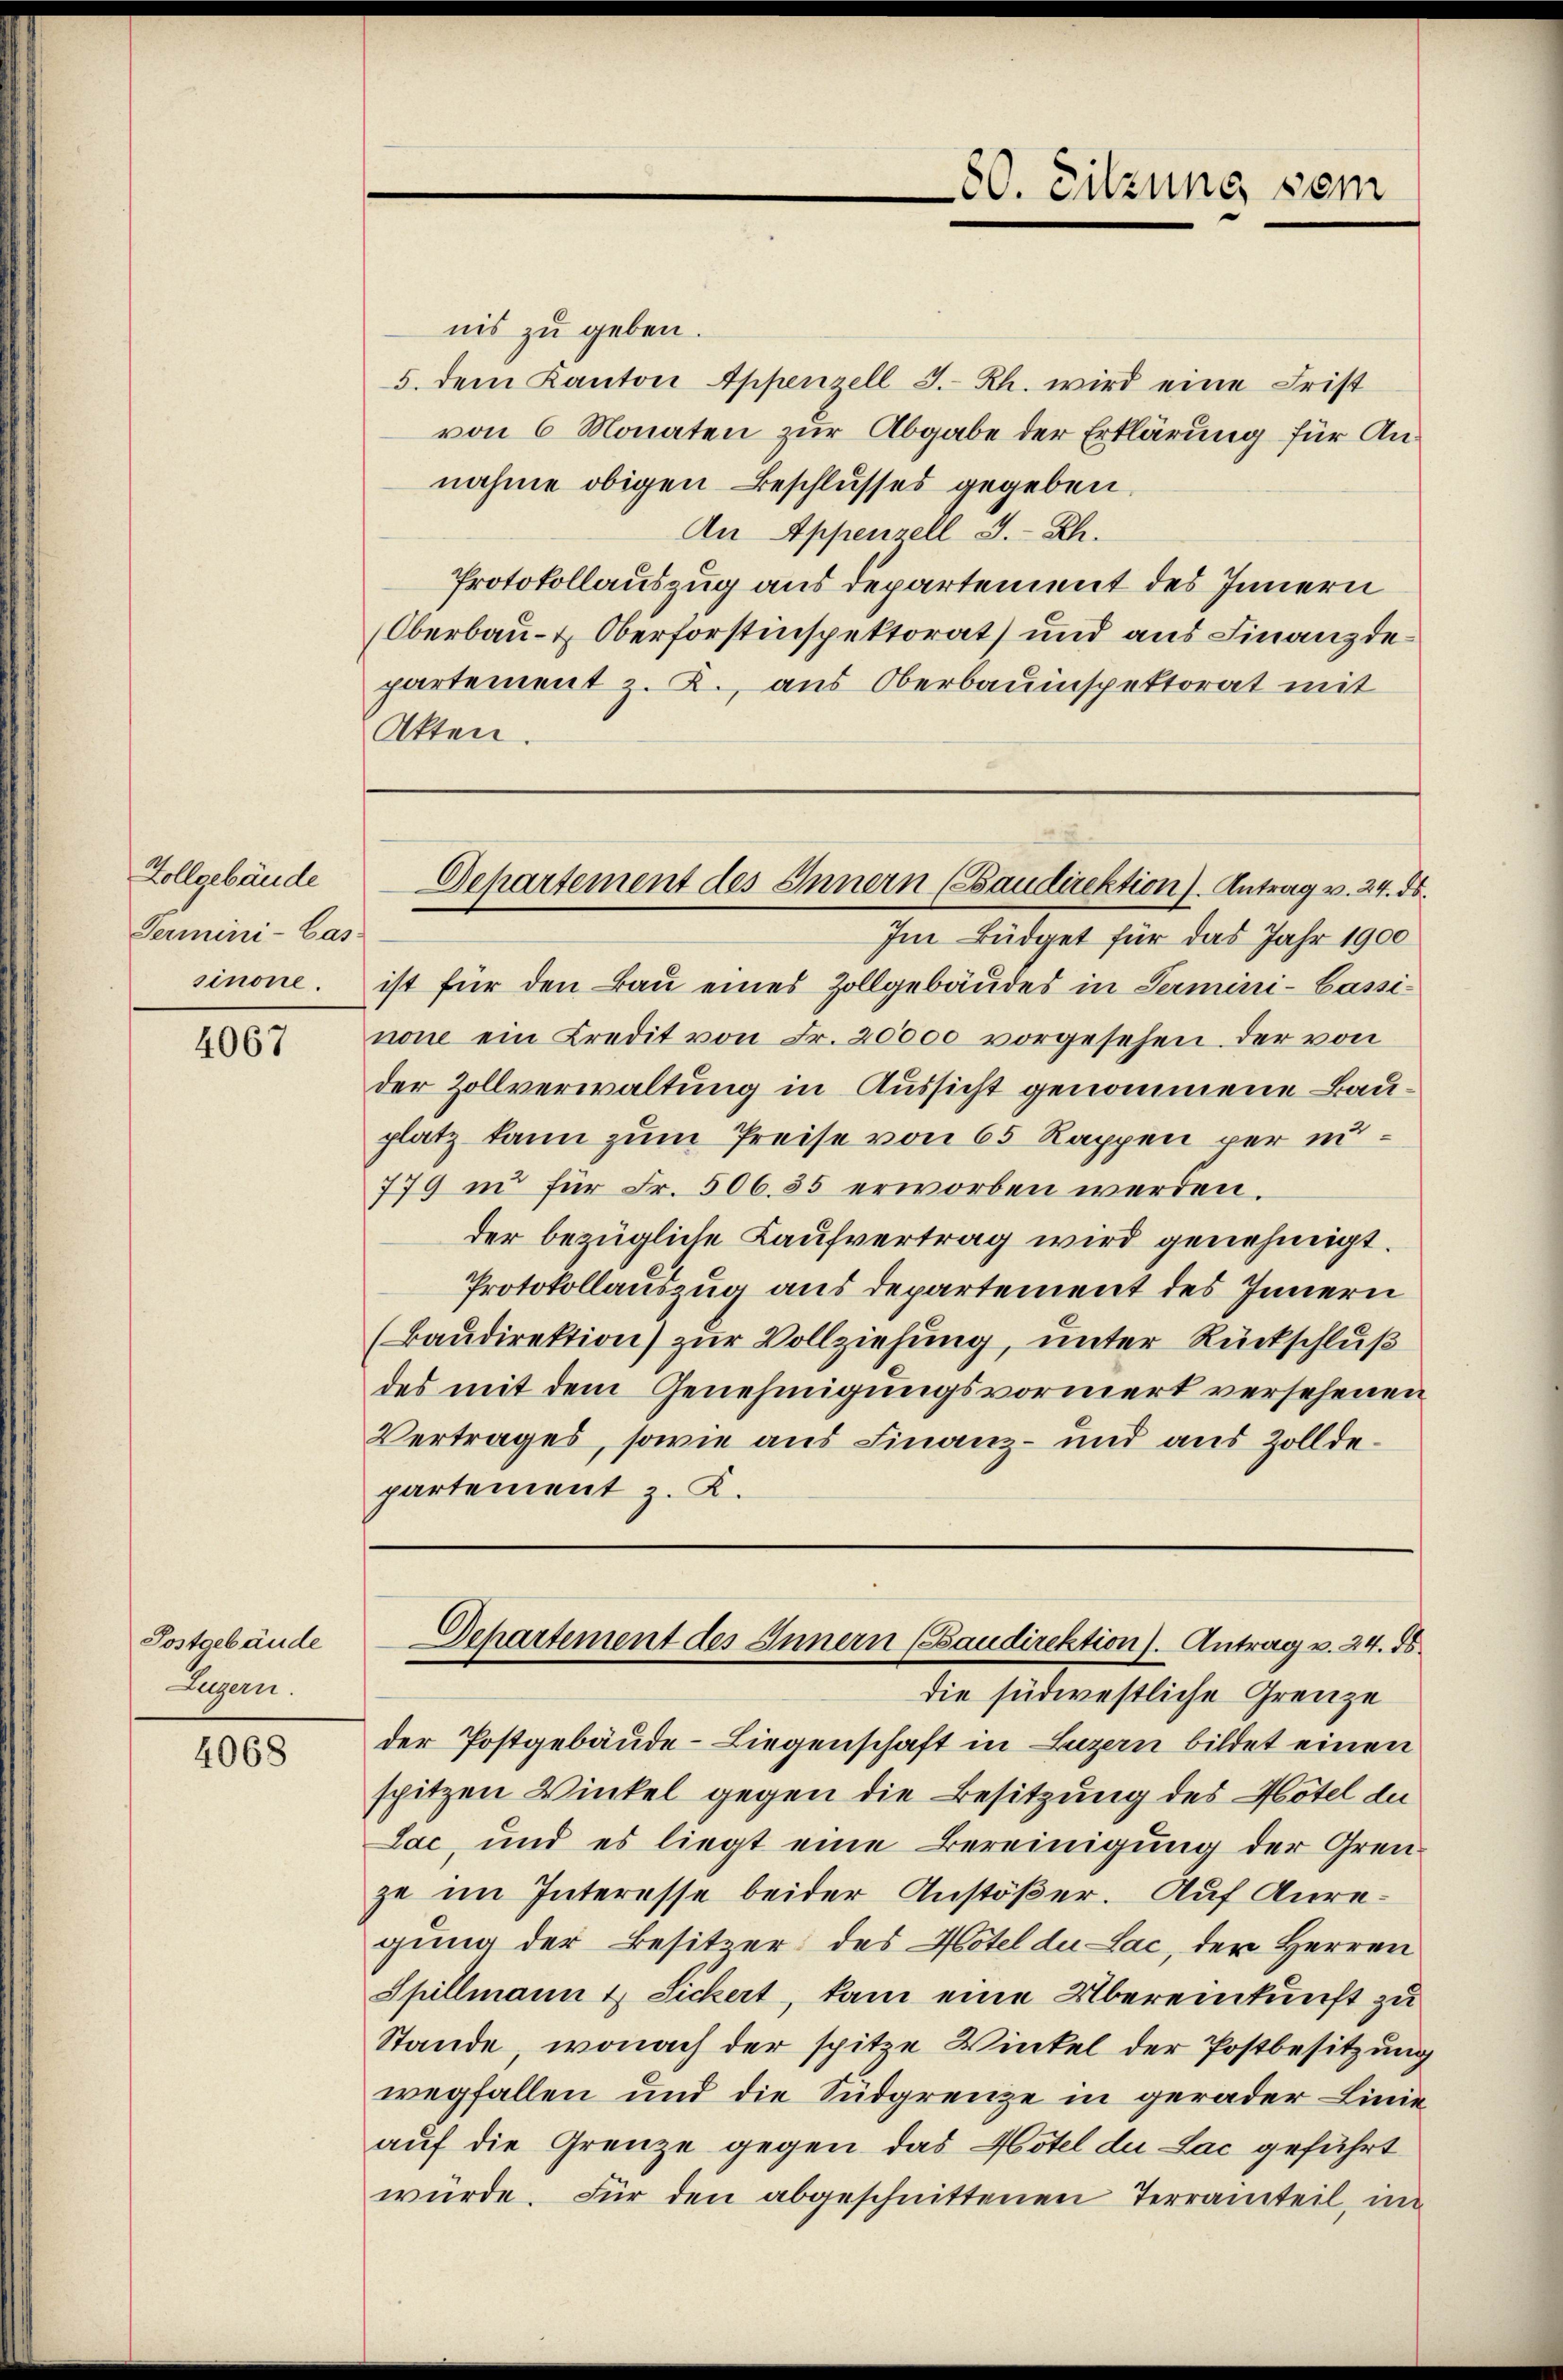
Zollgebäude
Termini-Cas-
sinone.

4067

Postgebäude
Luzern.

4068

nis zu geben.
5. dem Kanton Appenzell I.-Rh. wird eine Frist
von 6 Monaten zur Abgabe der Erklärung für Annahme obigen Beschlusses gegeben.
An Appenzell I.-Rh.
Protokollauszug aus Departement des Innern
Oberbau- & Oberforstinspektorat und aus Finanzdepartement z. B., aus Oberbauinspektorat mit
Akten.

Im Büdget für das Jahr 1900
ist für den Bau eines Zollgebäudes in Termini-Cassinone ein Kredit von Fr. 20000 vorgesehen der von
der Zollverwaltung in Aussicht genommene Bauplatz kann zum Preise von 65 Rappen per un¬
779 in für Fr. 506. 35 erworben werden.
der bezügliche Laufvertrag wird genehmigt.
Protokollauszug aus departement des Innern
(Baudirektion) zur Vollziehung, unter Rückschluß
des mit dem Genehmigungsvormerk versehenen
Vertrages, sowie aus Finanz- und aus Zolldepartement z. K.

80. Sitzung vom

Departement des Innern (Baudirektion). Antrag v. 24. ds.

Departement des Innern (Saudirektion). Antrag v. 24. ds.

die südwestliche Grenze
der Postgebäude-Liegenschaft in Luzern bildet einen
spitzen Winkel gegen die Besitzung des Hotel de
Lac, und es liegt eine Bereinigung der Grenze im Interesse beider Anstößer. Auf Anregung der Besitzer des Hotel du Lac, der Herren
Spillmann & Sickert, kam eine Übereinkunft zu
Stande, wonach der spitze Winkel der Postbesitzung
wegfallen und die Südgrenze in gerader Linie
auf die Grenze gegen das Hotel du Lac geführt
würde. Für den abgeschnittenen Terrainteil, im